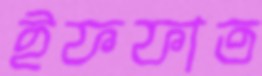
ইফফাত